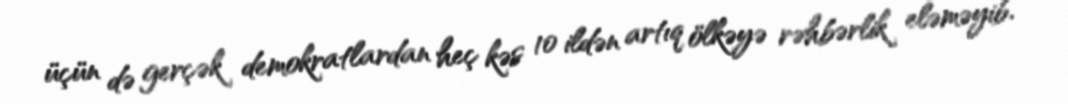
üçün də gerçək demokratlardan heç kəs 10 ildən artıq ölkəyə rəhbərlik eləməyib.